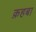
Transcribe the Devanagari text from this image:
क़हबा